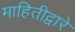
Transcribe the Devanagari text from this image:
माहितीद्वारे